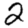
Digit: 2